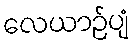
လေယာဉ်ပျံ